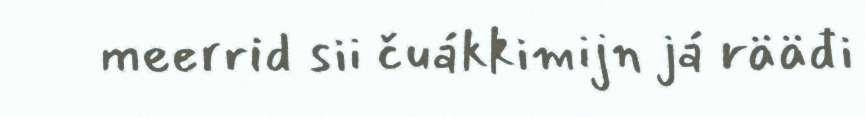
meerrid sii čuákkimijn já rääđi